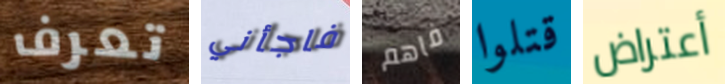
تعرف فاجأني فاهم قتلوا أعتراض